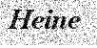
Heine